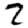
Digit: 2